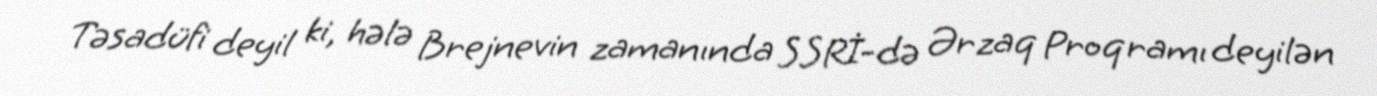
Təsadüfi deyil ki, hələ Brejnevin zamanında SSRİ-də Ərzaq Proqramı deyilən